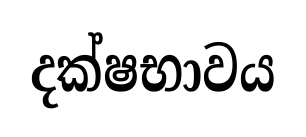
දක්ෂභාවය